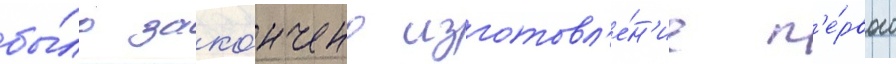
бы́ло зако́нчено изготовл'е́н'ие п'е́рвого